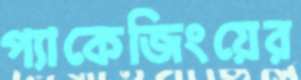
প্যাকেজিংয়ের